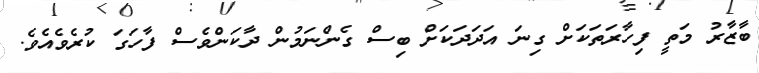
ބާޒާރު މަތީ ފިހާރަތަކަށް ގިނަ އަދަދަކަށް ބިސް ގެންނަމުން ދާކަންވެސް ފާހަގަ ކުރެވެއެވެ.